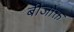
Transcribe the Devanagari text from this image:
बीजोक्त